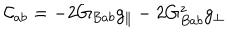
{ \cal C } _ { a b } = - 2 G _ { B a b } g _ { \parallel } - 2 G _ { B a b } ^ { z } g _ { \perp }